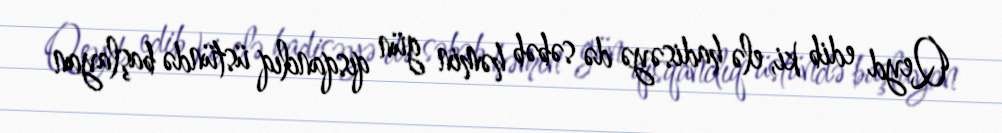
Qeyd edib ki, elə hadisəyə də səbəb həmin gün qısqanclıq üstündə başlayan